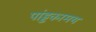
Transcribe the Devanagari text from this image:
पांड्डकामय